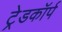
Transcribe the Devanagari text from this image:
ट्रेडकॉर्प